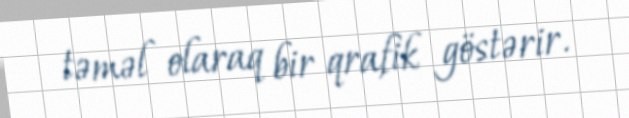
təməl olaraq bir qrafik göstərir.